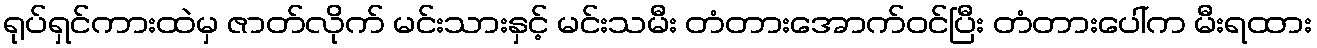
ရုပ်ရှင်ကားထဲမှ ဇာတ်လိုက် မင်းသားနှင့် မင်းသမီး တံတားအောက်ဝင်ပြီး တံတားပေါ်က မီးရထား